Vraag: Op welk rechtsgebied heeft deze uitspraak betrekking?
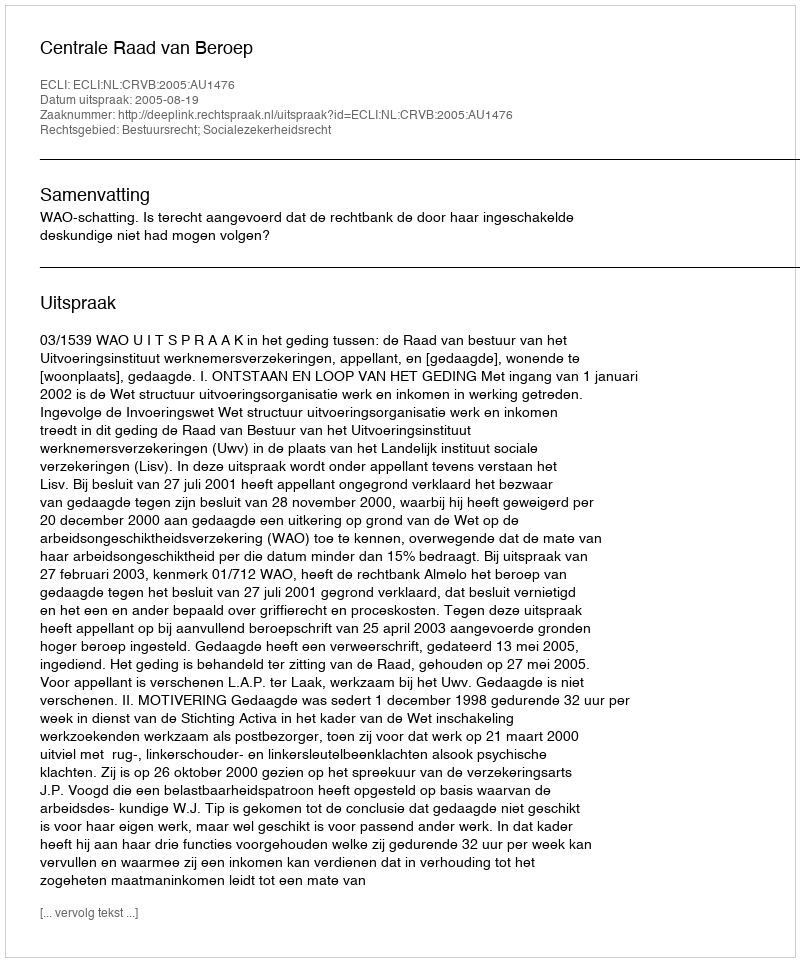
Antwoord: Bestuursrecht; Socialezekerheidsrecht